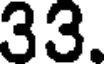
33.